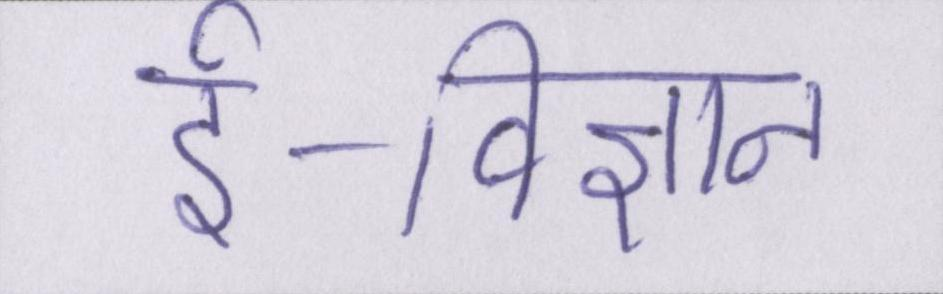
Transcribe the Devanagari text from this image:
ई-विज्ञान